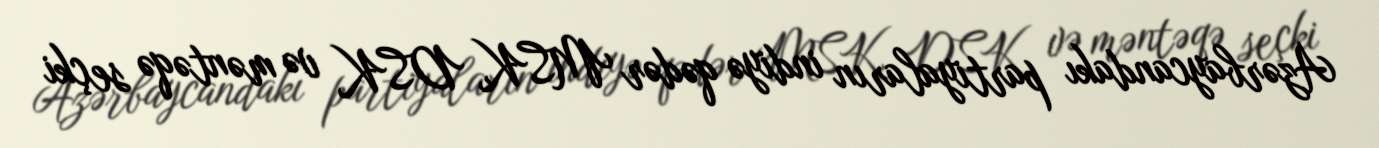
Azərbaycandakı partiyaların indiyə qədər MSK, DSK və məntəqə seçki